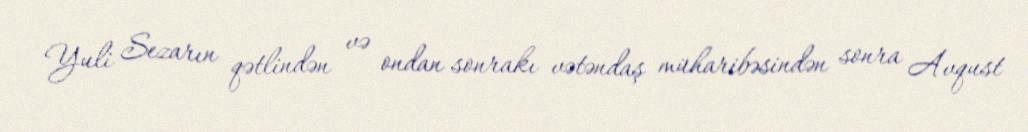
Yuli Sezarın qətlindən və ondan sonrakı vətəndaş müharibəsindən sonra Avqust